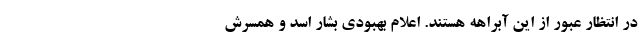
در انتظار عبور از این آبراهه هستند. اعلام بهبودی بشار اسد و همسرش